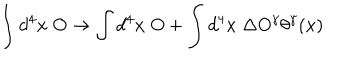
\int d ^ { 4 } x \; O \rightarrow \int d ^ { 4 } x \; O + \int d ^ { 4 } x \; \Delta O ^ { \gamma } \theta ^ { \gamma } ( x )